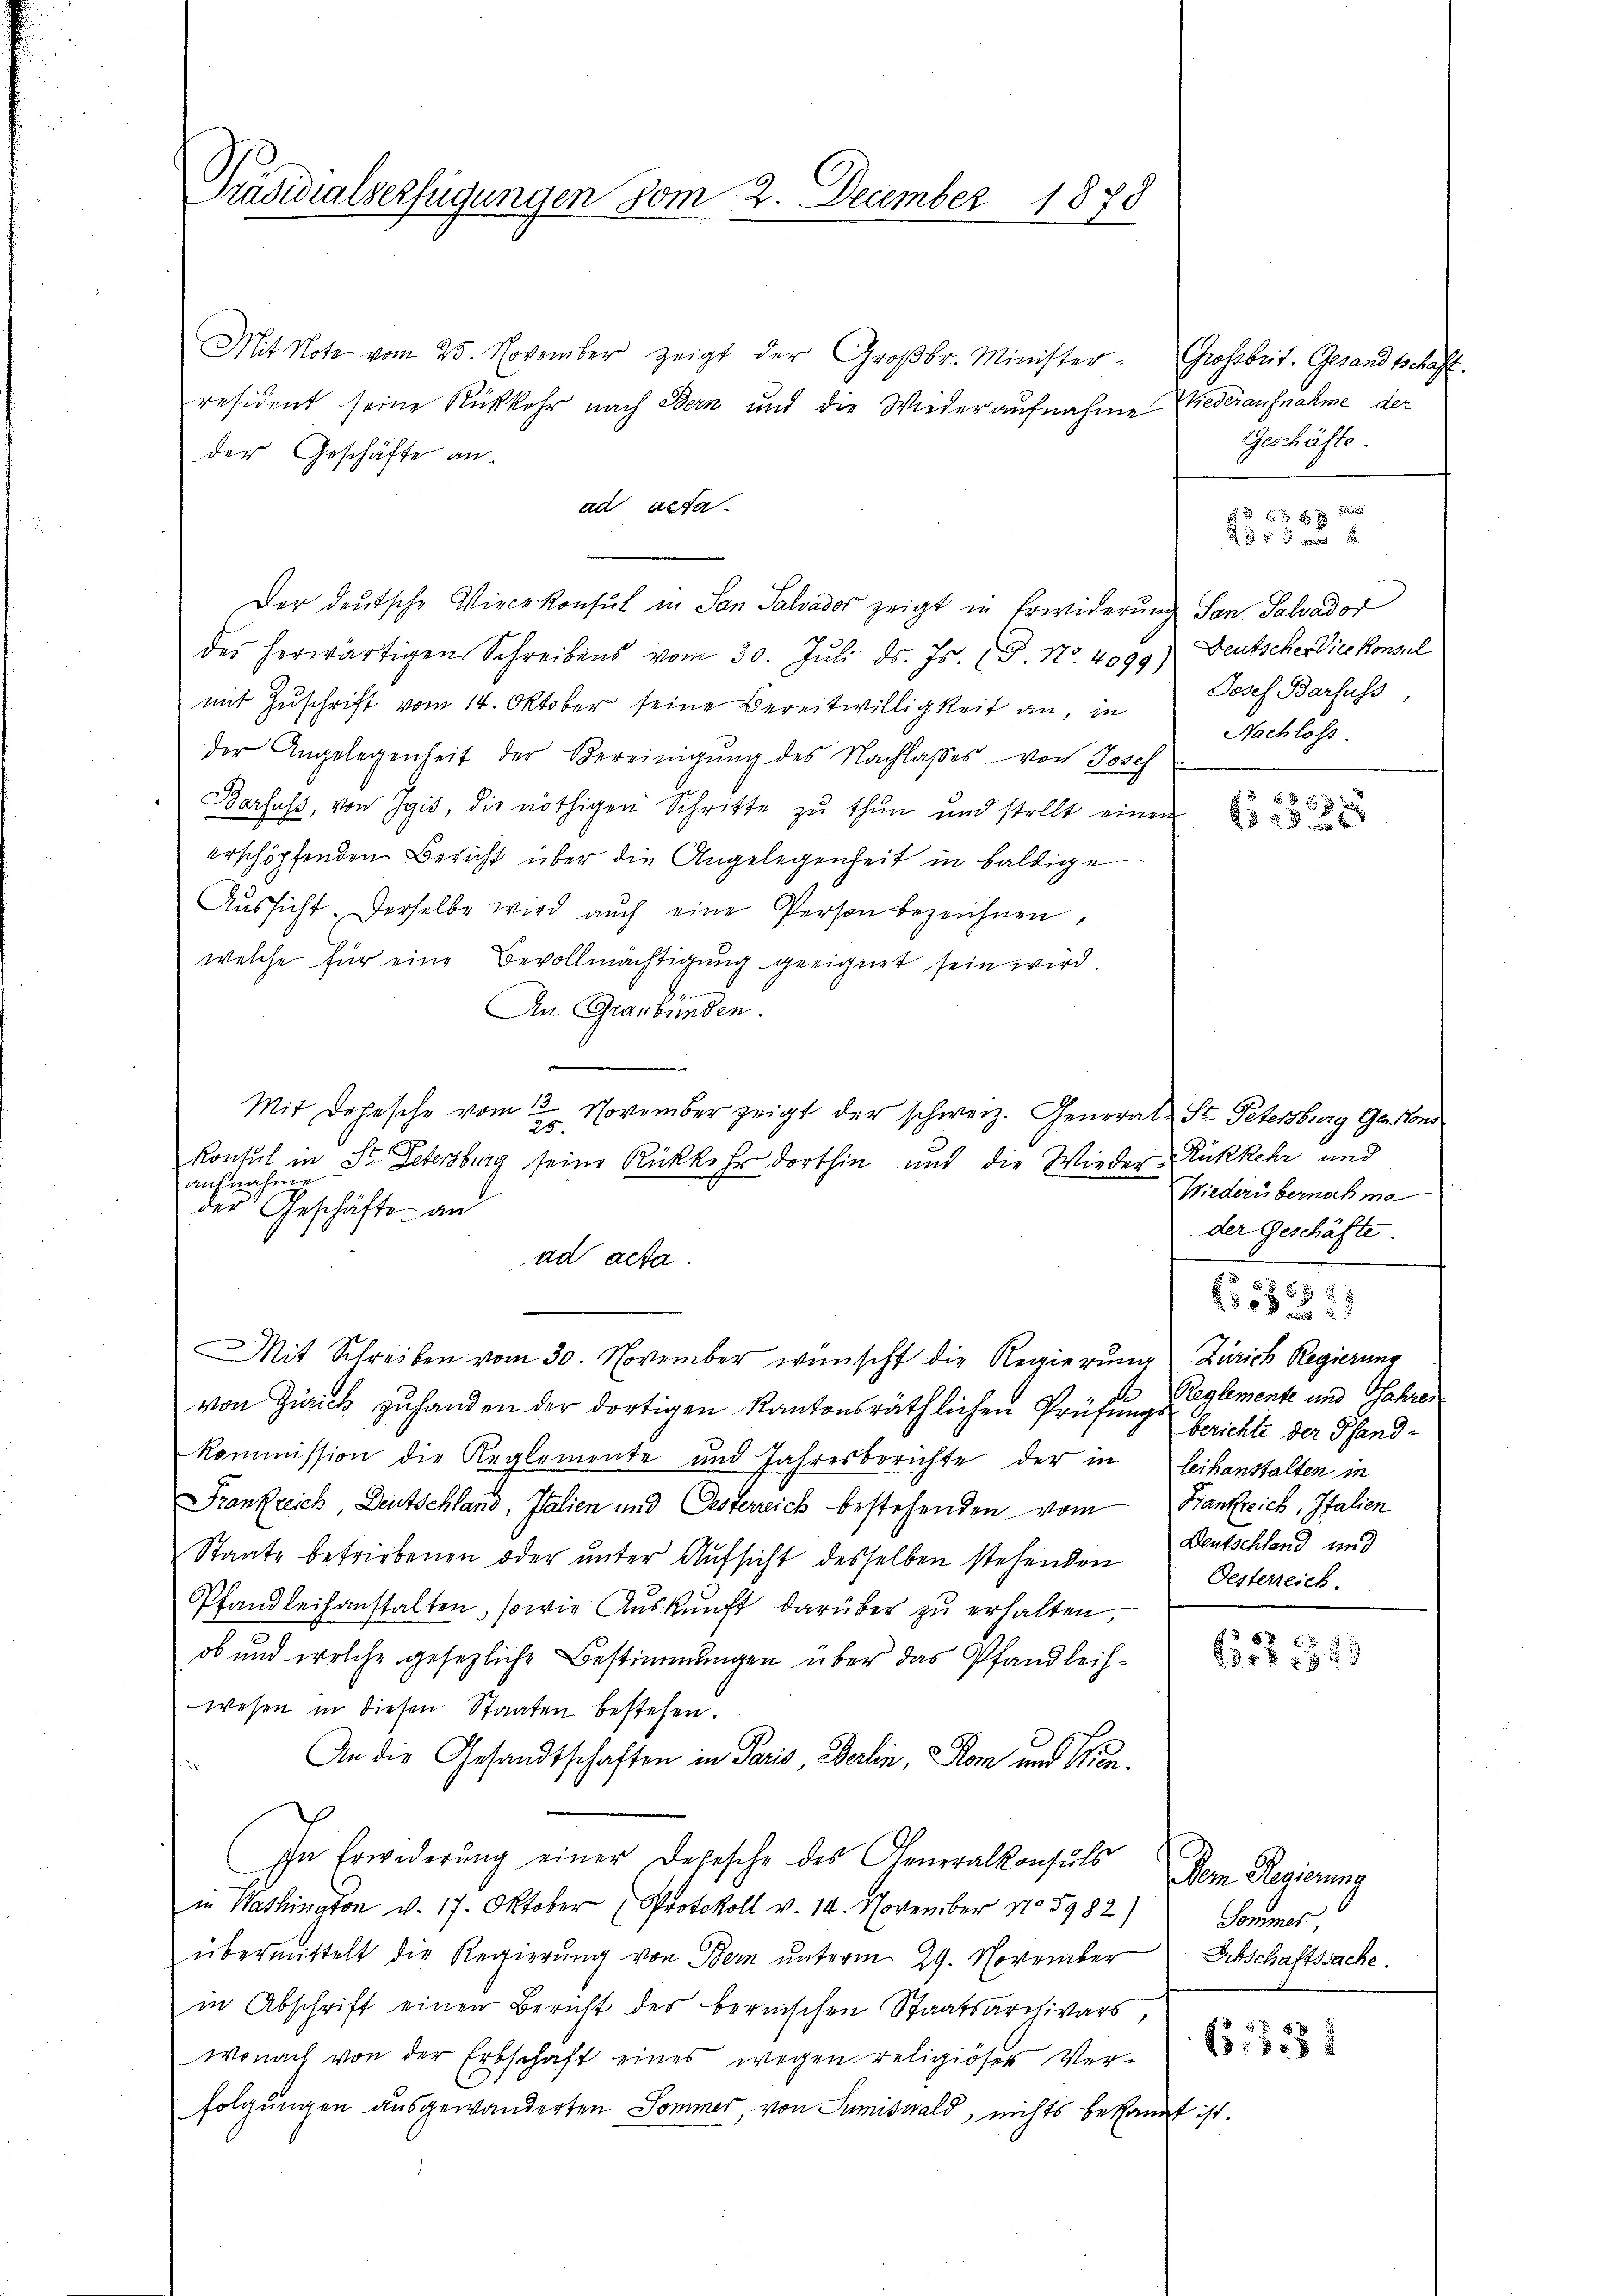
Präsidialverfügungen vom 2. December 1878

Mit Note vom 25. November zeigt der Groβbr. Minister- Grossbrit. Gesandtschaft.
resident seine Rückkehr nach Bern und die Wiederaufnahme Wiederaufnahme der
der Geschäfte an.
ad acta.
Der deutsche Viecekonsul in San Salvador zeigt in Erwiderung San Salvador
des herwärtigen Schreibens vom 30. Jŭli d. Js. (5. No. 4099) Deutscher Vicekonsul
mit Zuschrift vom 14. Oktober seine Bereitwilligkeit an, in
der Angelegenheit der Vereinigung des Nachlasses von Josef
Dorfes, von Igis, die nöthigen Schritte zu thun und stellt einen
erschöpfenden Bericht über die Angelegenheit in baldige
Aŭssicht. Derselbe wird auch eine Person bezeichnen,
welche für eine Bevollmächtigung geeignet sein wird.
An Graubünden.

Mit Depesche vom 12. November zeigt der schweiz. General- St. Petersburg Gs. kons
25.
Konsul in St. Petersburg seine Rückkehr dorthin und die Wieder-Rükkehr und
aufnahme
der Geschäfte an
ad acta.
Mit Schreiben vom 30. November wünscht die Regierung Zürich Regierung
von Zürich zu handen der dortigen Kantonsräthlichen Prüfungs Gerichte der Pfandkommission die Reglemente und Jahresberichte der in Leihanstalten in
Frankreich, Deutschland, Italien und Oesterreich bestehenden vom Bankreich, Italien
Staate betriebenen oder unter Aufsicht desselben stehenden Deutschland und
Pfandleihanstalten, sowie Aŭskŭnft darüber zŭ erhalten,
ob und welche gesezliche Bestimmungen über das Pfandleihwesen in diesen Staaten bestehen.
An die Gesandtschaften in Paris, Berlin, Rom und Wien¬
In Erwiderŭng einer Depesche des Generalkonsuls
in Washington v. 17. Oktober (Protokoll v. 14. November No 5982) Sommer,
übermittelt die Regierŭng von Bern unterm 29. November Abschaftssache.
in Abschrift einen Bericht der bernischen Staatsarchivars,
wonach von der Erbschaft eines wegen religiöses Ver-
E
folgungen ausgewanderten Sommer, von Sumiswald, nichts bekannt ist.

Geschäfte.
Josef Barfuss
Nachlass

f 4 x
235 x 5

t
5x

Wiederübernahme
der Geschäfte.

5
Reglemente und Jahres
Oesterreich.

8x 8x
235 f 23 x

Dem Regierung